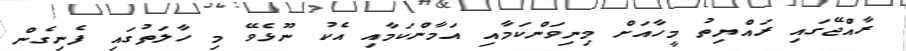
ރާއްޖޭގައި ރައްޔިތު މީހާއަށް މިނިވަންކަމާއި އަމާންކަމާއި އެކު ނޫޅެވޭ މި ހާލަތުގައި ފެނިގެން